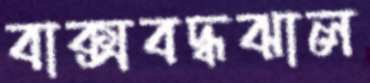
বাক্সবদ্ধঝাল